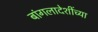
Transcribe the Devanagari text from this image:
बांगलादेशींच्या